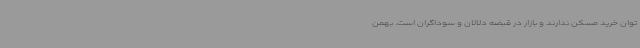
توان خرید مسکن ندارند و بازار در قبضه دلالان و سوداگران است. بهمن